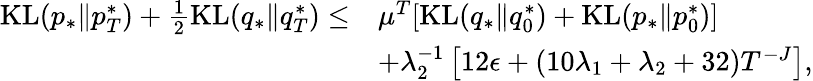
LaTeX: \begin{array}{rl}{\mathrm{KL}(p_{*}\| p_{T}^{*})+\frac{1}{2}\mathrm{KL}(q_{*}\| q_{T}^{*})\leq}&{\mu^{T}[\mathrm{KL}(q_{*}\| q_{0}^{*})+\mathrm{KL}(p_{*}\| p_{0}^{*})]}\\ &{+\lambda_{2}^{-1}\left[12\epsilon+(10\lambda_{1}+\lambda_{2}+32)T^{-J}\right],}\end{array}